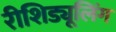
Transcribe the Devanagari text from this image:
रीशिड्यूलिंग